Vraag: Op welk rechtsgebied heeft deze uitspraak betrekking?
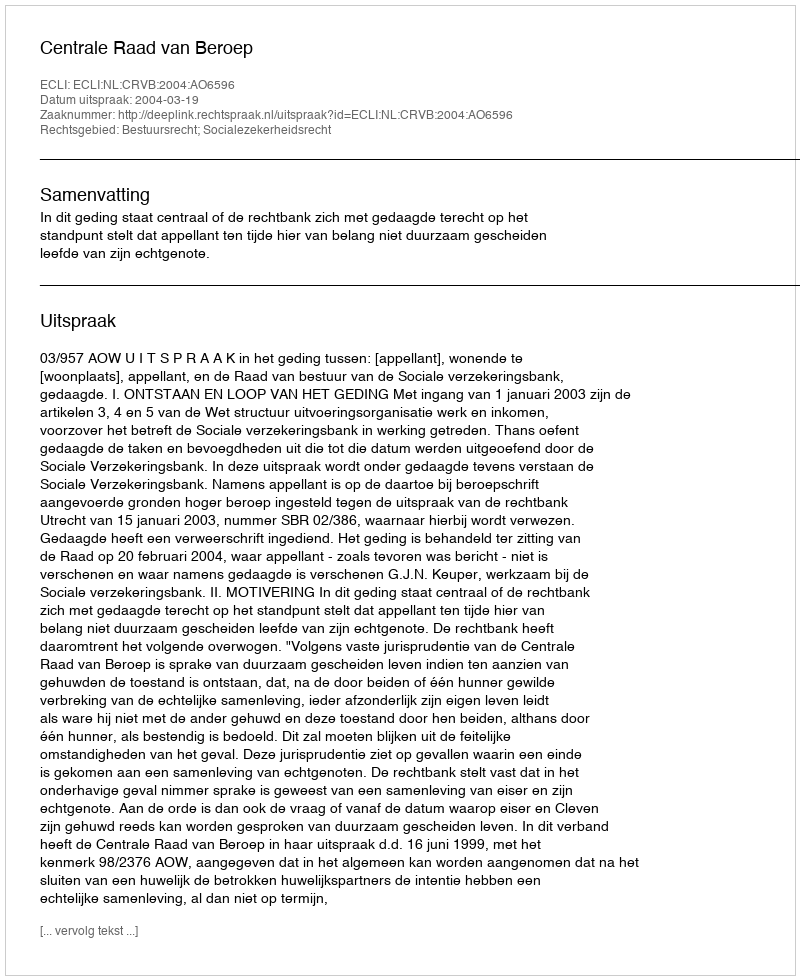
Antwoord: Bestuursrecht; Socialezekerheidsrecht